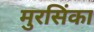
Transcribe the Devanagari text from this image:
मुरसिंका